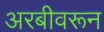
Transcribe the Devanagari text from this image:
अरबीवरून